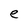
Character: e